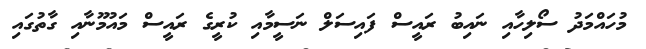
މުހައްމަދު ސޯލިހާއި ނައިބު ރައީސް ފައިސަލް ނަސީމާއި ކުރީގެ ރައީސް މައުމޫނާއި ގާތުގައި